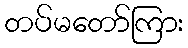
တပ်မတော်ကြား